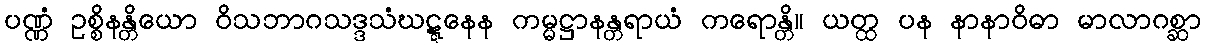
ပဏ္ဏံ ဥစ္စိနန္တိယော ဝိသဘာဂသဒ္ဒသံဃဋ္ဋနေန ကမ္မဋ္ဌာနန္တရာယံ ကရောန္တိ။ ယတ္ထ ပန နာနာဝိဓာ မာလာဂစ္ဆာ